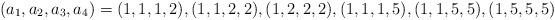
LaTeX: \begin{align*}(a_1,a_2,a_3,a_4)= (1,1,1,2), (1,1,2,2), (1,2,2,2), (1,1,1,5), (1,1,5,5), (1,5,5,5)\end{align*}